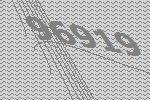
96919